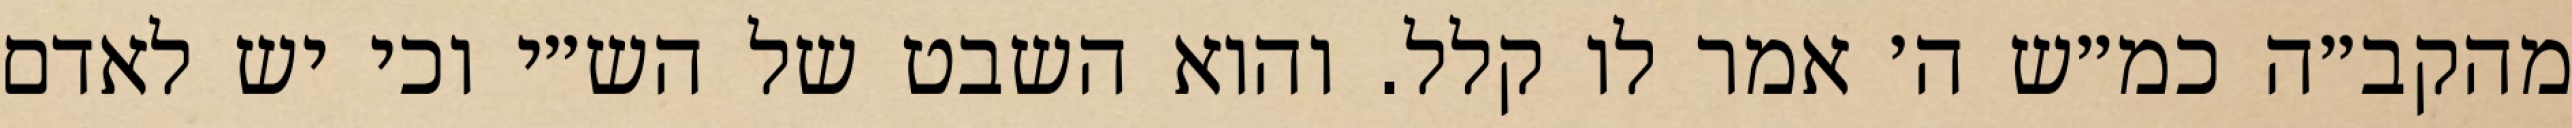
מהקב״ה כמ״ש ה׳ אמר לו קלל. והוא השבט של הש״י וכי יש לאדם